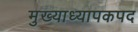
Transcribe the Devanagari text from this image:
मुख्याध्यापकपद